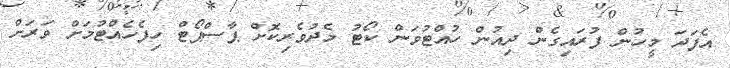
އެފަދަ މީހުން ފުރައިގެން ދިއުން ހުއްޓުވަން ކޯޓު މެދުވެރިކޮށް ޕާސްޕޯޓް ހިފެހެއްޓުމަށް ވަރަށް